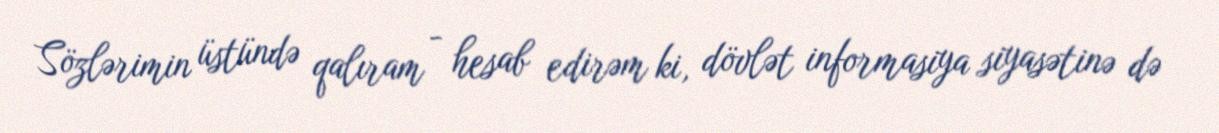
Sözlərimin üstündə qalıram - hesab edirəm ki, dövlət informasiya siyasətinə də